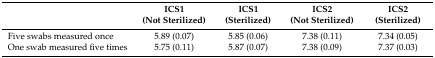
<table><thead><tr><td></td><td><b>ICS1 (Not Sterilized)</b></td><td><b>ICS1 (Sterilized)</b></td><td><b>ICS2 (Not Sterilized)</b></td><td><b>ICS2 (Sterilized)</b></td></tr></thead><tbody><tr><td>Five swabs measured once</td><td>5.89 (0.07)</td><td>5.85 (0.06)</td><td>7.38 (0.11)</td><td>7.34 (0.05)</td></tr><tr><td>One swab measured five times</td><td>5.75 (0.11)</td><td>5.87 (0.07)</td><td>7.38 (0.09)</td><td>7.37 (0.03)</td></tr></tbody></table>